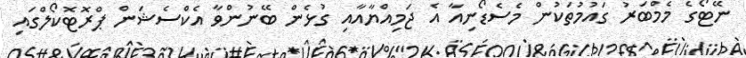
ނޭޓޯގެ މެމްބަރު ގައުމުތަކުން މެސެޑޯނިއާ އެ ޖަމިއްޔާއާއި ގުޅެން ބޭނުންވާ އެކްސެޝަން ޕްރޮޓޮކޯލްގައި